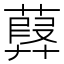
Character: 𦽸